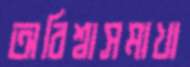
অবিশ্বাসমাখা